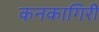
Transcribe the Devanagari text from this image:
कनकागिरी